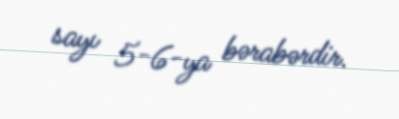
sayı 5-6-ya bərabərdir.